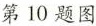
第10题图